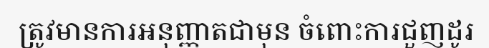
ត្រូវមានការអនុញ្ញាតជាមុន ចំពោះការជួញដូរ